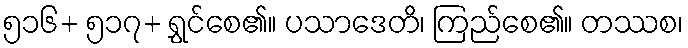
၅၁၆+ ၅၁၇+ ရွှင်စေ၏။ ပသာဒေတိ၊ ကြည်စေ၏။ တဿစ၊